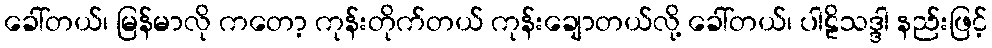
ခေါ်တယ်၊ မြန်မာလို ကတော့ ကုန်းတိုက်တယ် ကုန်းချောတယ်လို့ ခေါ်တယ်၊ ပါဠိသဒ္ဒါ နည်းဖြင့်